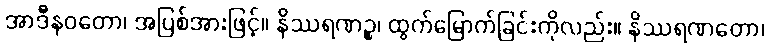
အာဒီနဝတော၊ အပြစ်အားဖြင့်။ နိဿရဏဉ္စ၊ ထွက်မြောက်ခြင်းကိုလည်း။ နိဿရဏတော၊